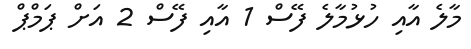
މާލެ އާއި ހުޅުމާލެ ފޭސް 1 އާއި ފޭސް 2 އަށް ޕަމްޕް